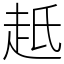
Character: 赿